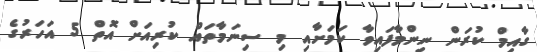
ގާއިމް ކުރަން ނިންމާފައިވާ ކަމަށާއި މި ސިނަމާތައް ކުރިއަށް އޮތް 5 އަހަރުގެ